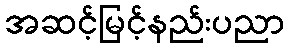
အဆင့်မြင့်နည်းပညာ